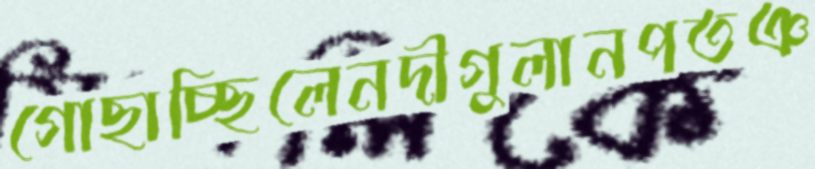
গোছাচ্ছিলেনদীগুলানপতঞ